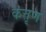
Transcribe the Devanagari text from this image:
कत्तृण